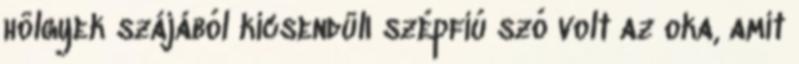
hölgyek szájából kicsendülı szépfiú szó volt az oka, amit